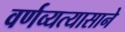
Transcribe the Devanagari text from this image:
वर्णव्यत्यासाने